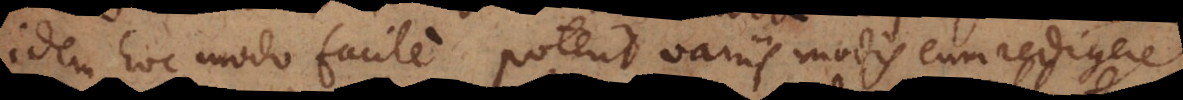
idem hoc modo facile poterit variis modis eum redigere